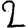
Digit: 2